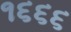
૧૬૬૬